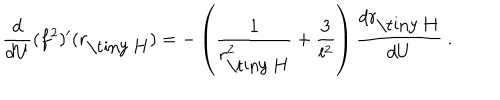
\frac { d } { d U } ( f ^ { 2 } ) ^ { \prime } ( r _ { \mathrm { \tiny ~ H } } ) = - \left( \frac { 1 } { r _ { \mathrm { \tiny ~ H } } ^ { 2 } } + \frac { 3 } { l ^ { 2 } } \right) \frac { d r _ { \mathrm { \tiny ~ H } } } { d U } \ .